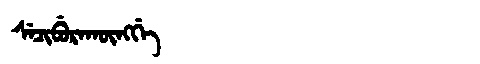
Manchu: ᠰᡝᠴᡳᠪᡠᡵᠠᡴᡡᠩᡤᡝ
Romanization: SECIBURAKŪNGGE